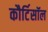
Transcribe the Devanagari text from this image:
कौर्टिसॉल